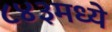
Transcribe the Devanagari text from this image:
८४३मध्ये